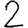
Digit: 2